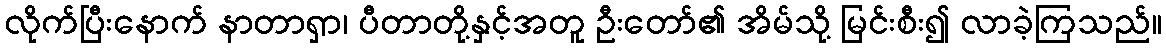
လိုက်ပြီးနောက် နာတာရှာ၊ ပီတာတို့နှင့်အတူ ဦးတော်၏ အိမ်သို့ မြင်းစီး၍ လာခဲ့ကြသည်။